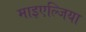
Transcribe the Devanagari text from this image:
माइएल्जिया